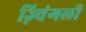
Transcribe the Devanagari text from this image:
ज़्विंगली